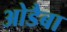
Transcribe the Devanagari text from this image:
ओडैबा